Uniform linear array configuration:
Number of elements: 16
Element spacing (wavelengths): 1
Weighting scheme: binomial
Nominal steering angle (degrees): -30
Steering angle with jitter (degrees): -28.877
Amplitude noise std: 0.05
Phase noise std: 0.05

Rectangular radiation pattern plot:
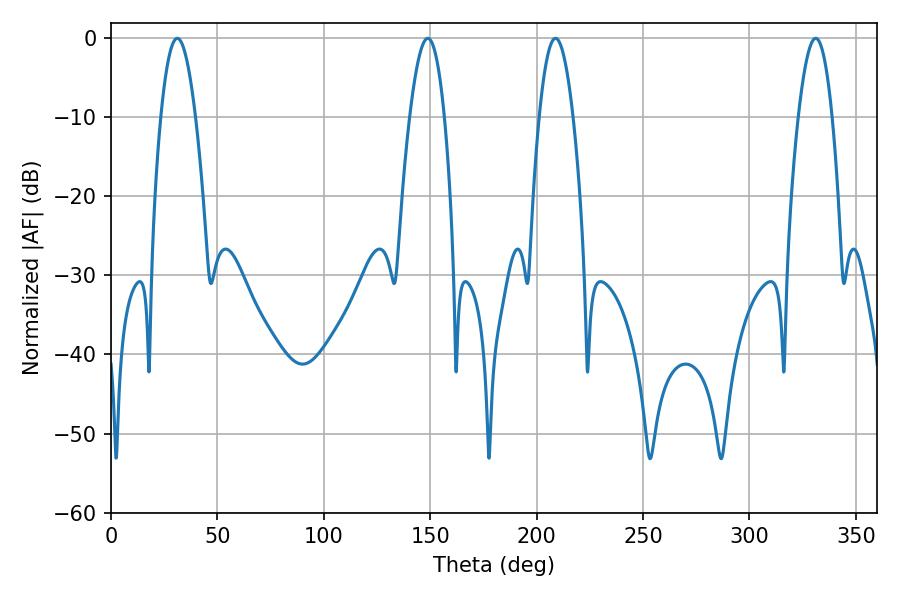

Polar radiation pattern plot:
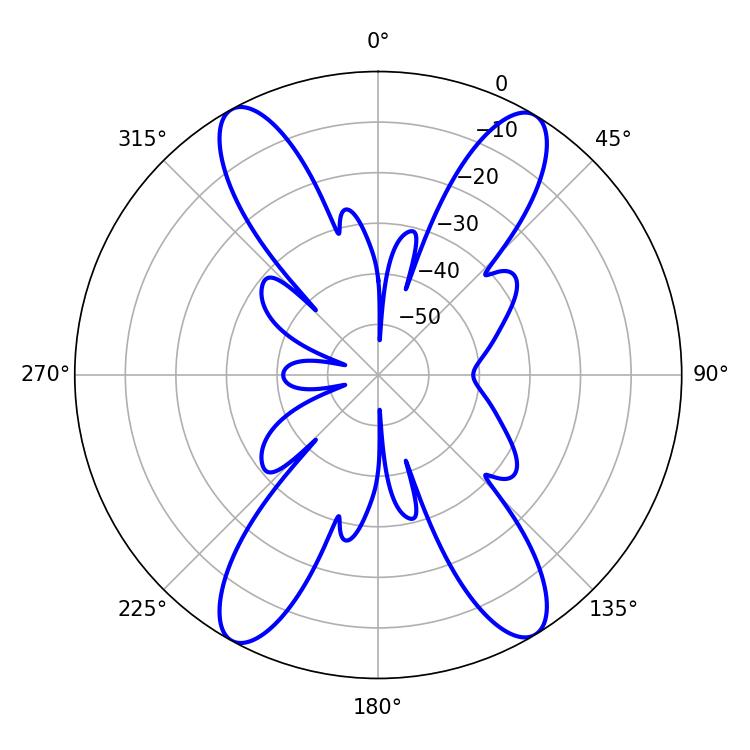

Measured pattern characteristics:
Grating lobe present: TRUE
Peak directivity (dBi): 20.88
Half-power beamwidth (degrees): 8.82
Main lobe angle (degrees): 31.14